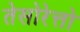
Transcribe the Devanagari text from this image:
तेसोरेत्तो